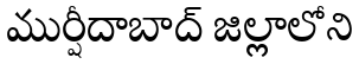
ముర్షీదాబాద్ జిల్లాలోని